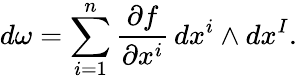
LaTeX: d\omega=\sum_{i=1}^{n}{\frac{\partial f}{\partial x^{i}}}\, dx^{i}\wedge dx^{I}.